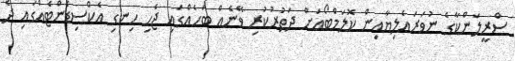
ސްރީލަންކާގެ ނުވަރައެލިޔާއިން ކޮލަމްބޯއަށް ދަތުރުކުރި ވޭނެއް ބަހެއްގައި ޖެހި ހިނގި އެކްސިޑެންޓެއްގައި ދެ